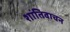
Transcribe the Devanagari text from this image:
शांतिवाचन